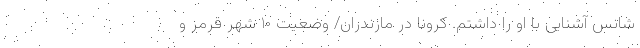
شانس آشنایی با او را داشتم. کرونا در مازندران/ وضعیت ۱۰ شهر قرمز و